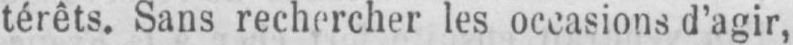
térêts. Sans rechercher les occasions d’agir,